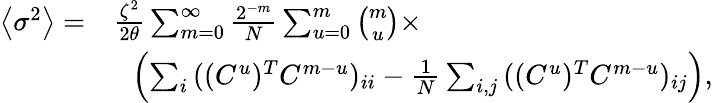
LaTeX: \begin{array}{rl}{\left\langle\sigma^{2}\right\rangle=}&{\frac{\zeta^{2}}{2\theta}\sum_{m=0}^{\infty}\frac{2^{-m}}{N}\sum_{u=0}^{m}\binom{m}{u}\times}\\ &{\ \ \left(\sum_{i}{((C^{u})^{T}C^{m-u})_{ii}}-\frac{1}{N}\sum_{i,j}{((C^{u})^{T}C^{m-u})_{ij}}\right),}\end{array}